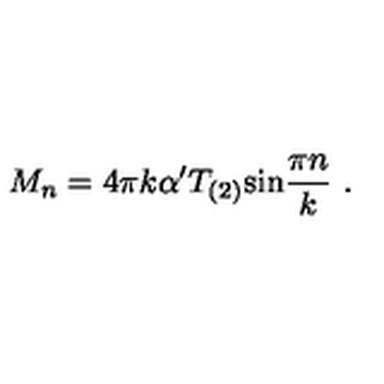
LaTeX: M _ { n } = 4 \pi k \alpha ^ { \prime } T _ { ( 2 ) } \mathrm { s i n } { \frac { \pi n } { k } } \ .